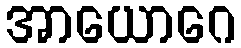
အာယောဂေ